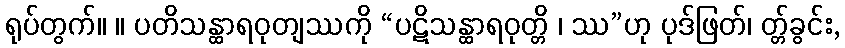
ရုပ်တွက်။ ။ ပတိသန္ထာရဝုတျဿကို “ပဋိသန္ထာရဝုတ္တိ ၊ ဿ”ဟု ပုဒ်ဖြတ်၊ တ္တ်ခွင်း,